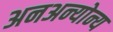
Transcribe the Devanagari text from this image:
अनअन्‍योन्‍य